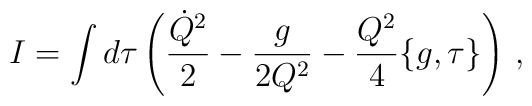
I = \int d\tau \left(\frac{\dot{Q}^2}{2} - \frac{g}{2Q^2} -    \frac{Q^2}{4}\{g,\tau\}\right)\,,